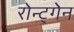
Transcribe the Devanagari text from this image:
रोन्ट्गेेन